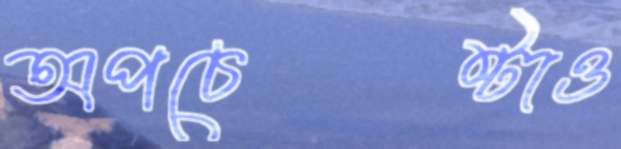
অপচেষ্টাও